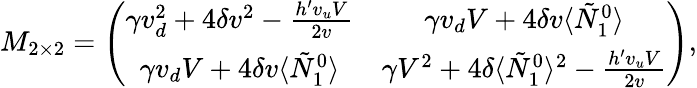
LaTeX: M_{2\times 2}=\left(\begin{array}{cc}{{\gamma v_{d}^{2}+4\delta v^{2}-\frac{h^{\prime}v_{u}V}{2v}}}&{{\gamma v_{d}V+4\delta v\langle\tilde{N}_{1}^{0}\rangle}}\\ {{\gamma v_{d}V+4\delta v\langle\tilde{N}_{1}^{0}\rangle}}&{{\gamma V^{2}+4\delta\langle\tilde{N}_{1}^{0}\rangle^{2}-\frac{h^{\prime}v_{u}V}{2v}}}\end{array}\right),